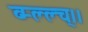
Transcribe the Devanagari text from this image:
व्म्ल्ल्च्।।